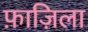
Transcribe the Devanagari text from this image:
फ़ाज़िला